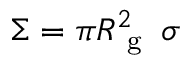
\Sigma = \pi R _ { \mathrm { ~ g ~ } } ^ { 2 } \, \sigma